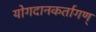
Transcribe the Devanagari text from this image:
योगदानकर्तागण्